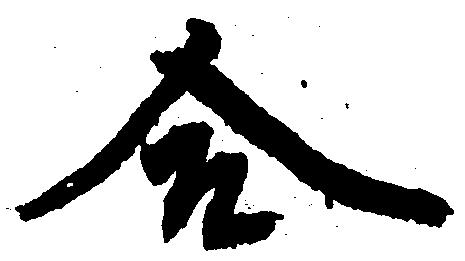
合